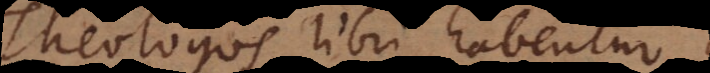
Theologos libri habentur